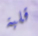
قلبة